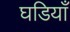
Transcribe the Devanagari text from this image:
घडियाँ